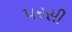
પરસી